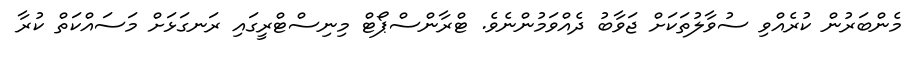
މެންބަރުން ކުރެއްވި ސުވާލުތަކަށް ޖަވާބު ދެއްވަމުންނެވެ. ޓްރާންސްޕޯޓް މިނިސްޓްރީގައި ރަނގަޅަށް މަސައްކަތް ކުރާ